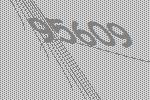
95609